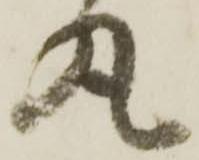
丸